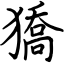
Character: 獢